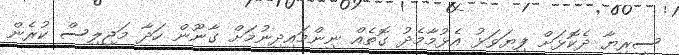
ސީރިޔާ ދެކޮޅަށް ފިޔަވަޅު އެޅުމާމެދު ގޮތެއް ނިންމައިދިނުމަށް ގާނޫން ހަދާ މަޖިލިސް ކުރެން